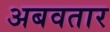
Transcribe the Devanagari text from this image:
अबवतार